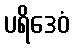
ပရိဒေဝံ